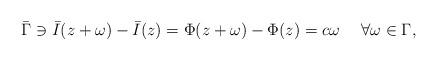
LaTeX: \begin{align*} \bar \Gamma \ni \bar I(z + \omega) - \bar I(z)= \Phi( z + \omega) - \Phi( z)= c\omega \ \ \ \ \forall \omega\in\Gamma, \end{align*}